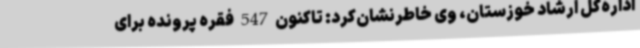
اداره‌کل ارشاد خوزستان، وی خاطرنشان‌کرد: تاکنون 547 فقره پرونده برای